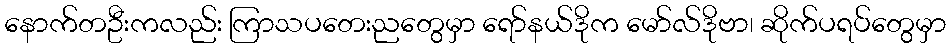
နောက်တဦးကလည်း ကြာသပတေးညတွေမှာ ရော်နယ်ဒိုက မော်လ်ဒိုဗာ၊ ဆိုက်ပရပ်တွေမှာ